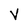
Character: N